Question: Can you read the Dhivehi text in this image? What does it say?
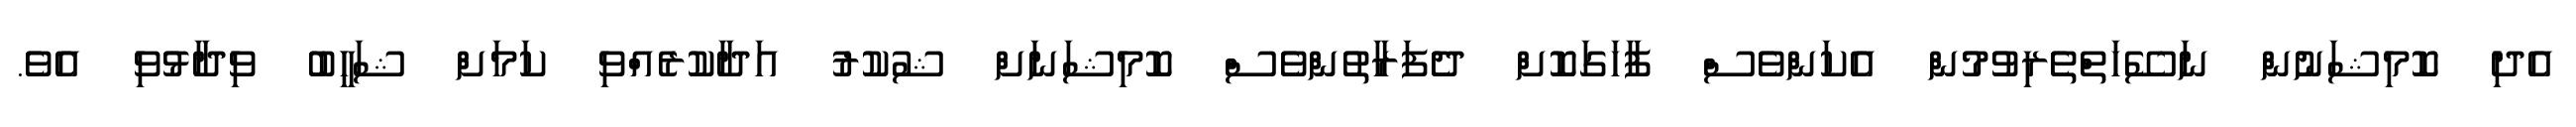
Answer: އެދި ކޮމިޝަނުން ނަސޭހަތްތެރިވުމުން އެކަންވެސް ފާހަގަކޮށް ދެފަރާތުންވެސް ކޮމިޝަނަށް ޝުކުރު އަދާކުރެއްވި ކަމަށް ޝަހީބު ވިދާޅުވި އެވެ.